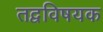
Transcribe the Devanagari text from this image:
तद्वविषयक